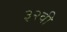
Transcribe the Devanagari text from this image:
३२वी